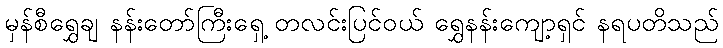
မှန်စီရွှေချ နန်းတော်ကြီးရှေ့ တလင်းပြင်ဝယ် ရွှေနန်းကျော့ရှင် နရပတိသည်